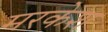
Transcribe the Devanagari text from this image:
मरकेश